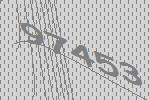
97453